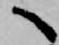
へ